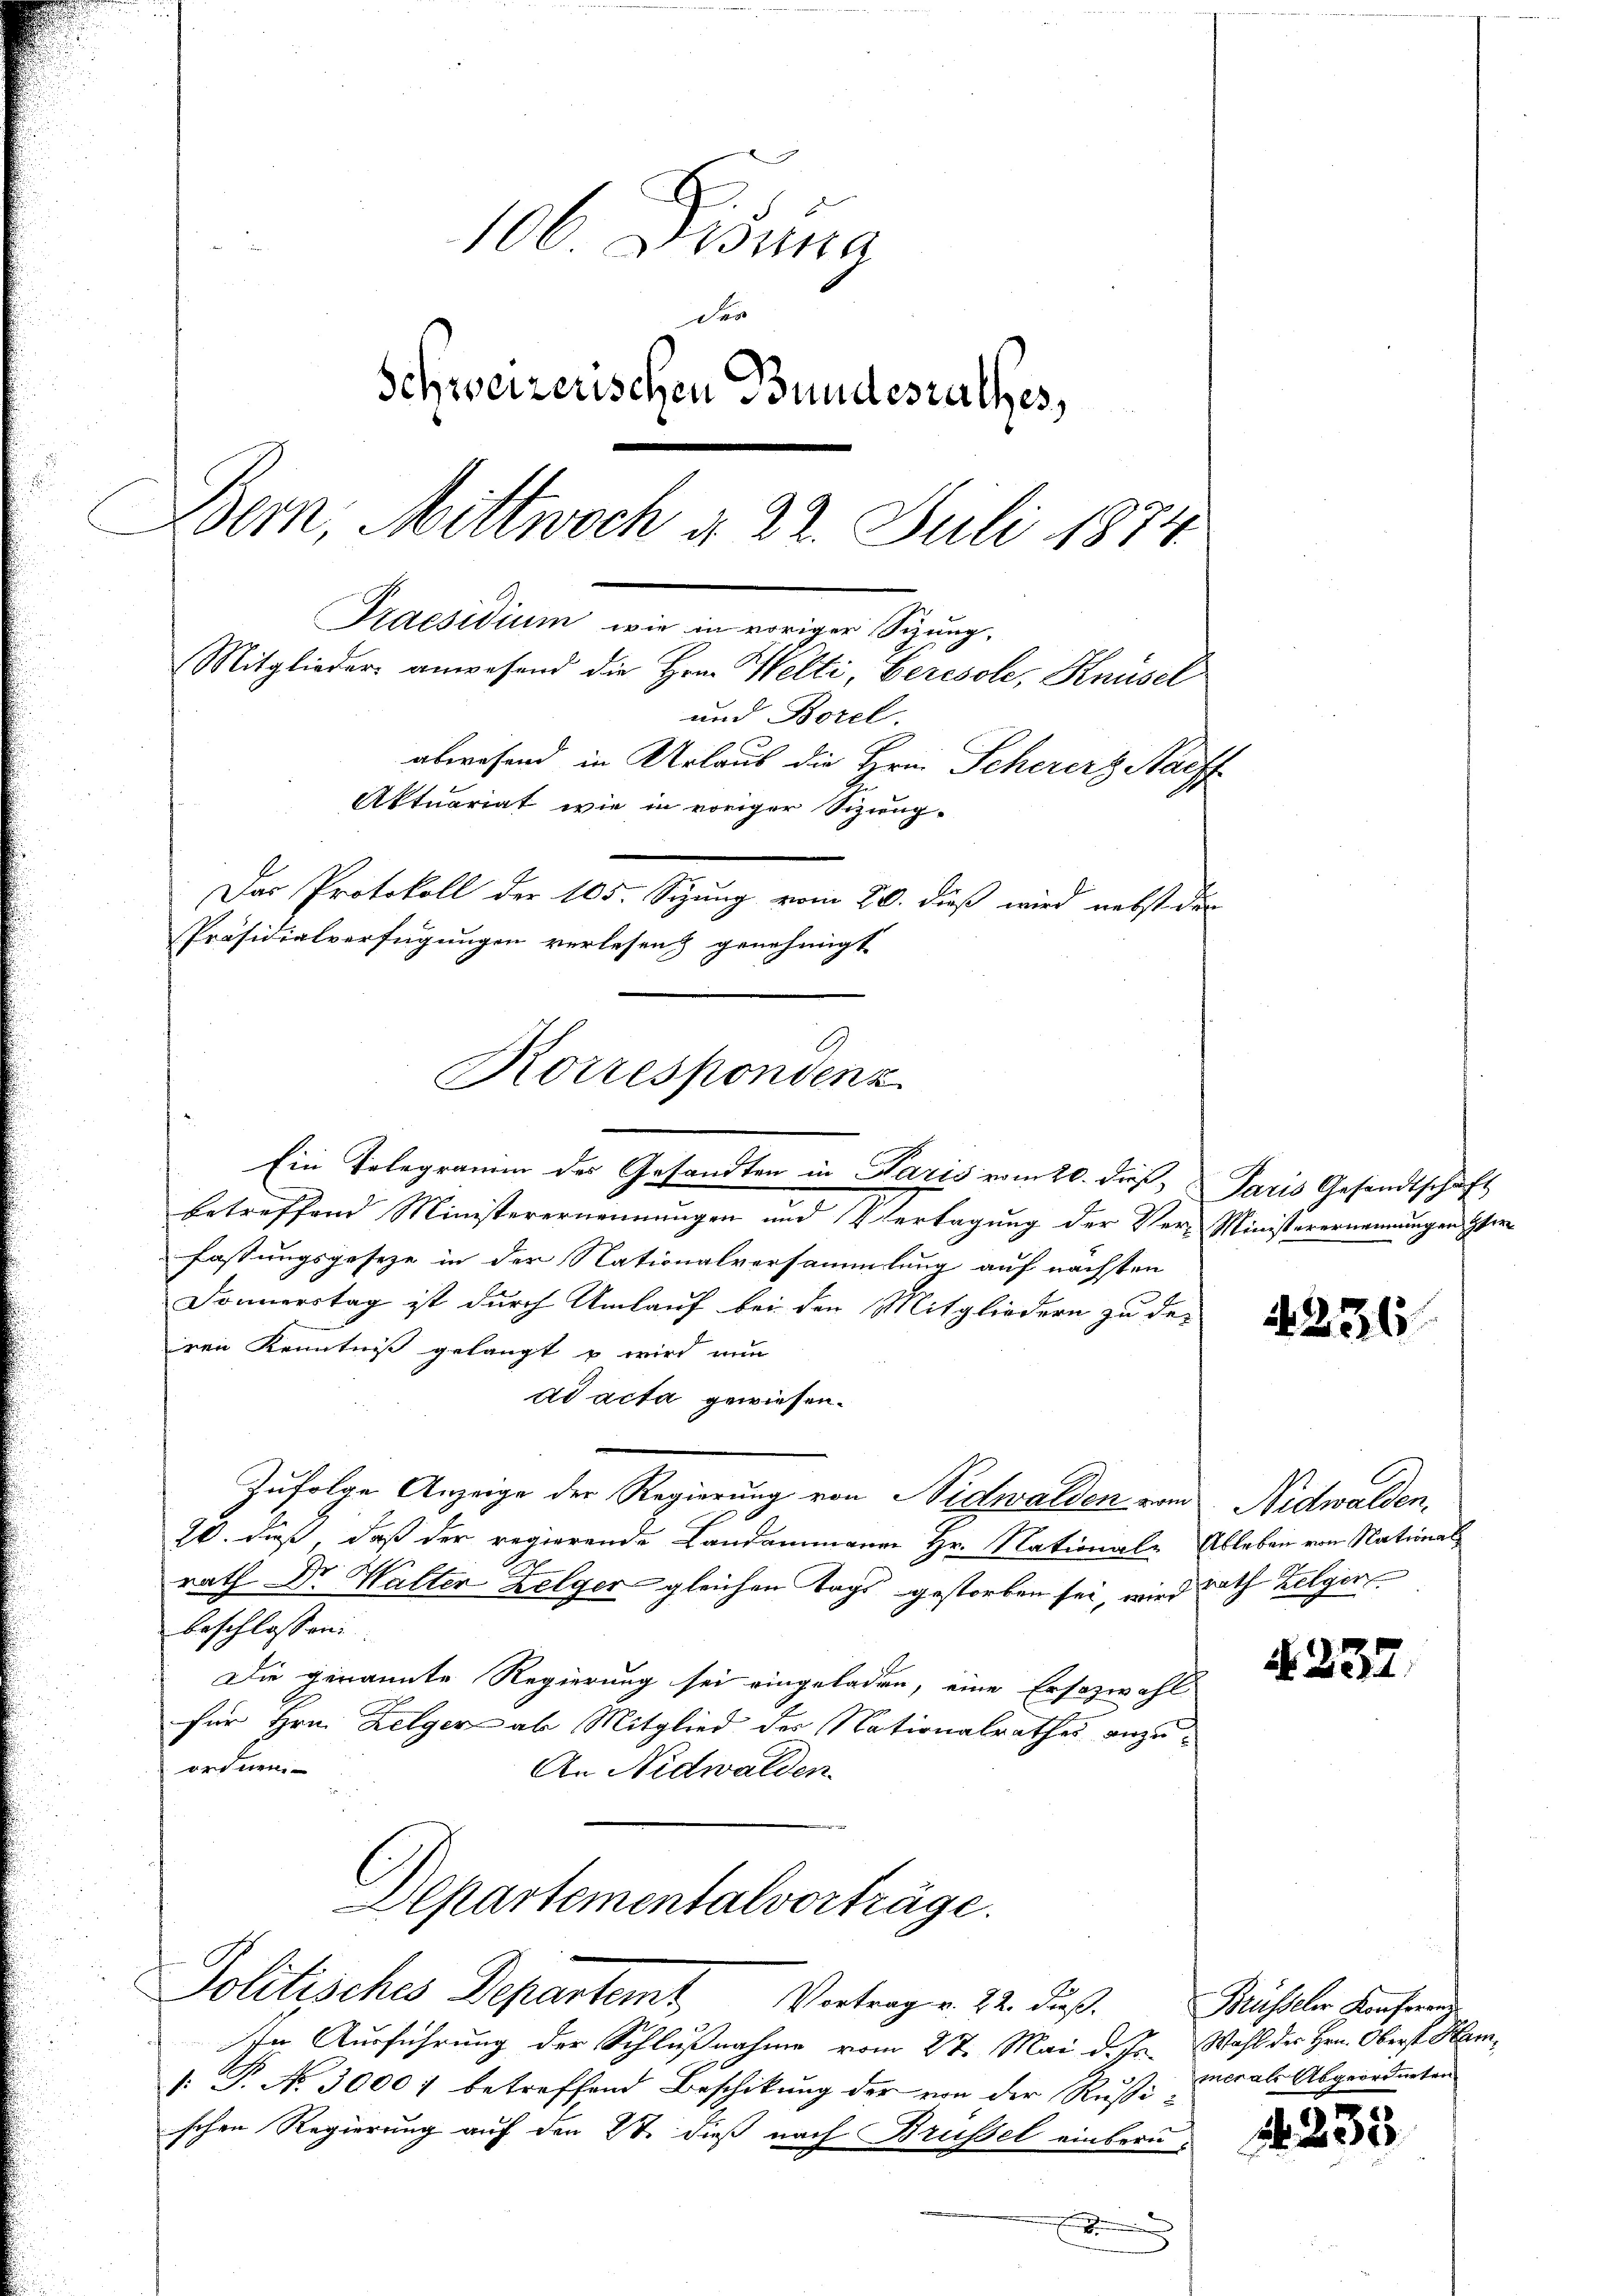
106 Didung
Schweizerischen Bundesrathes,
Bern, Mittwoch d. 22. Juli 1874
Praesidium, wie in voriger Sitzung,
Mitglieder anwesend die Hrn. Welti, Geresole, Knüsel
und Borel.
abwesend in Urlaub die Hrn. Schererz Raiff
Aktuariat wie in voriger Sizuug-
Das Protokoll der 105. Sitzung vom 20. dieß wird nebst der
Präsidialverfügungen verlesen genehmigt

Ein Telegramm des Gesandten in Paris vom 20. di Paris Gesandtschaft
betreffend Ministerernennungen und Vertagung der Ver-Ministerernennungen Her
fassungsgeseze in der Nationalversammlung auf nächsten
Donnerstag ist durch Umlauf bei den Mitgliedern zu de-
ren Kenntniß gelangt u wird nun
ad acta gewiesen.
Zufolge Anzeige der Regierung von Nidwalden von Nidwalden,
20. daß, daß der regierende Landammann Hr. Nationale Ableben von National
rath Dr. Walter Zelger gleichen Tags gestorben sei, wird rath Zelger
beschlossen:
Die genannte Regierung sei eingeladen, eine Ersozwahl
für Hrn. Helger ab Mitglied der Nationalrathes anzuordnen
An Nidwalden.
Departementalvorträge.
Politisches Departemt Vertragen 22. dieß. Müssler Konferen
Im Ausführung der Schlußnahme vom 27. Mai d. Js. Wahl des Hrn. Oberst Ham¬
 P. No. 30007 betreffend Beschikung der von der Rußischen Regierung auf den 27. dieß nach Brüssel einberud

Korrespondenz

4236

§ 237.

mer als Abgeordneten

N 233